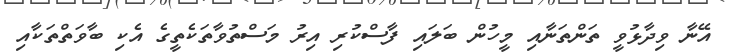
އޭނާ ވިދާޅުވީ ތަންތަނާއި މީހުން ބަލައި ފާސްކުރި އިރު މަސްތުވާތަކެތީގެ އެކި ބާވަތްތަކާއި